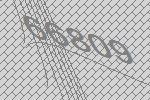
66809